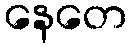
နေတေ